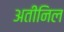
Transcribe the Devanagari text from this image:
अतीनिल